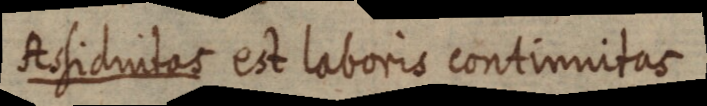
Assiduitas est laboris continnitas